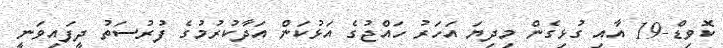
ކޮވިޑް-19 އާއި ގުޅިގެން މިދިޔަ އަހަރު ހައްޖުގެ އަޅުކަން އަދާކުރުމުގެ ފުރުސަތު ދީފައިވަނީ